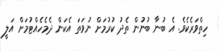
ހިތްވަރެކެވެ. އެ ބުނާ ބުނުން ތެދު ކުރުމަށް ނުވަތަ އެކަން ދެމެހެއްޓުމަށް އަލީ